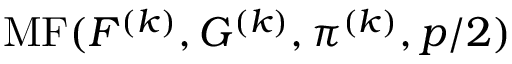
\operatorname { M F } ( F ^ { ( k ) } , G ^ { ( k ) } , \pi ^ { ( k ) } , p / 2 )